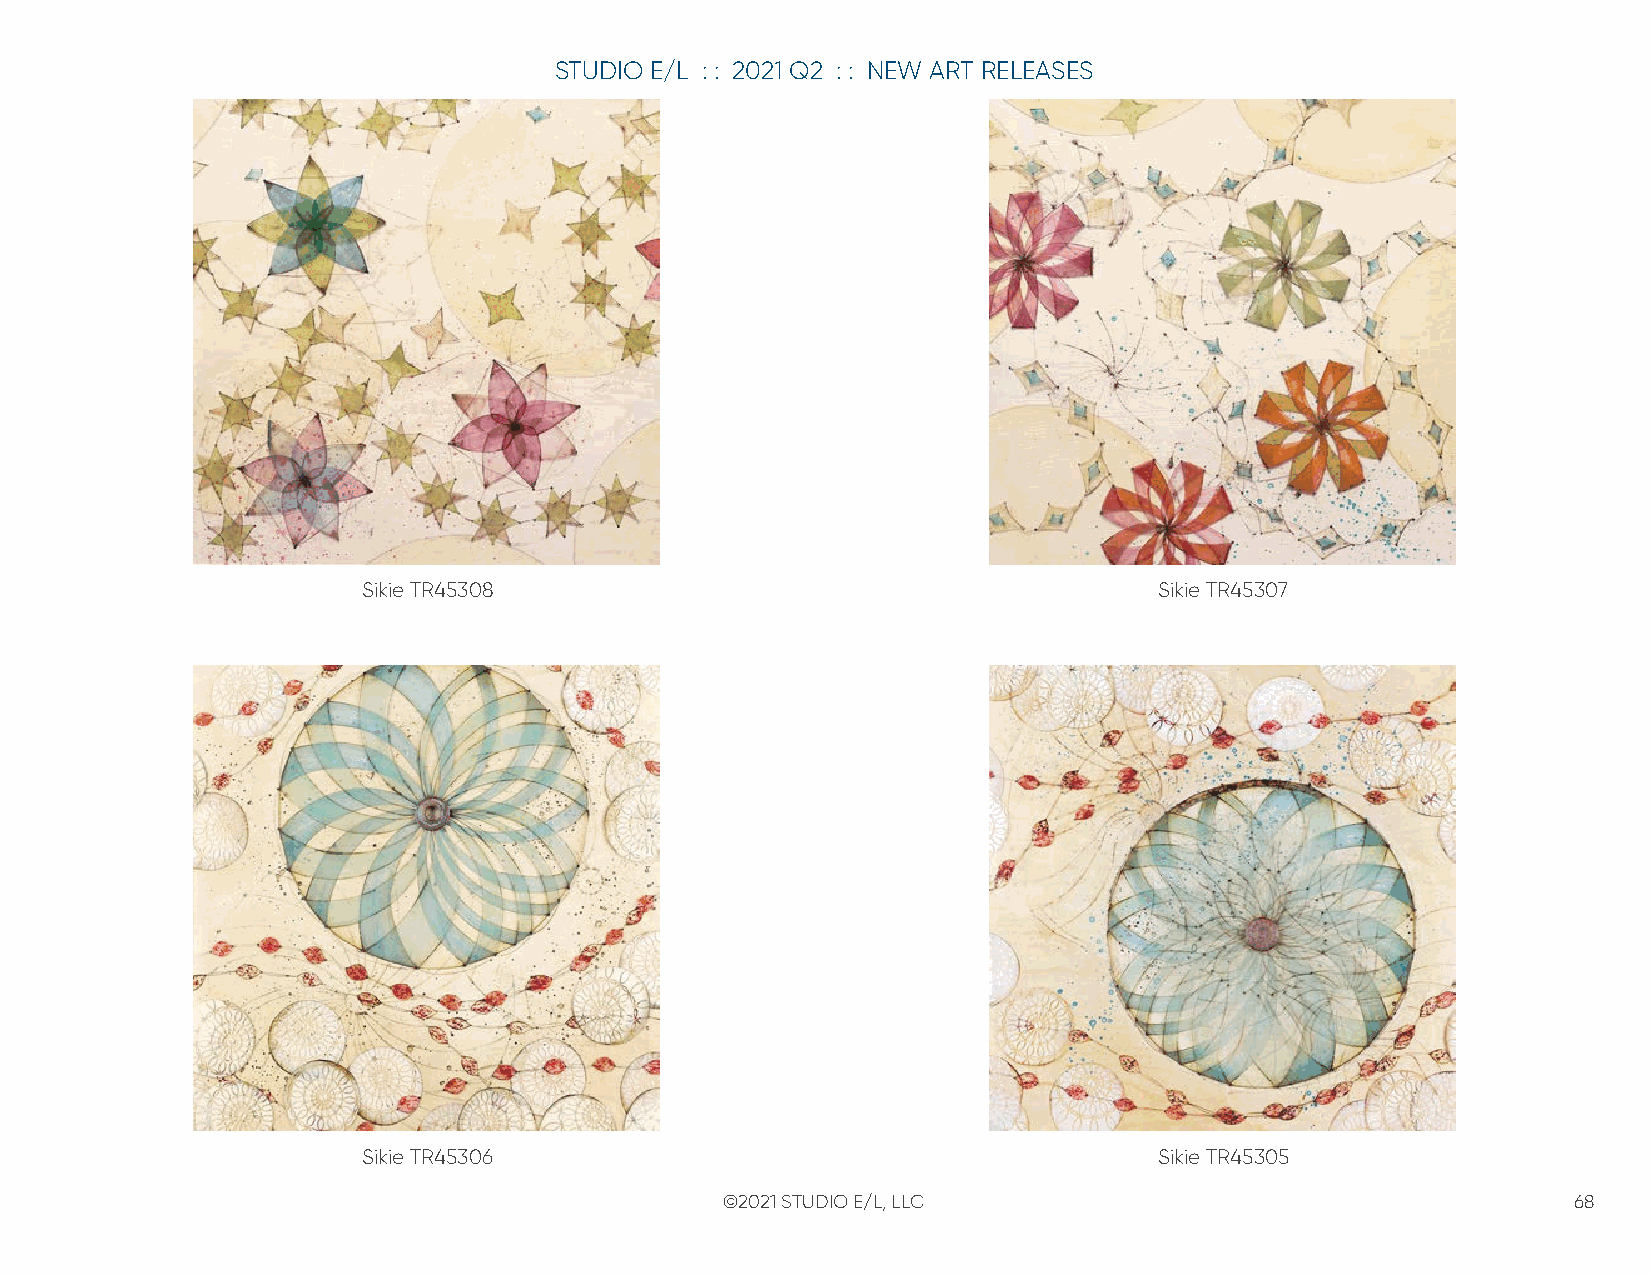
STUDIO E/L : : 2021 Q2 : : NEW ART RELEASES
 Sikie TR45308                                        Sikie TR45307
 Sikie TR45306                                        Sikie TR45305
 ©2021 STUDIO E/L, LLC                                   68